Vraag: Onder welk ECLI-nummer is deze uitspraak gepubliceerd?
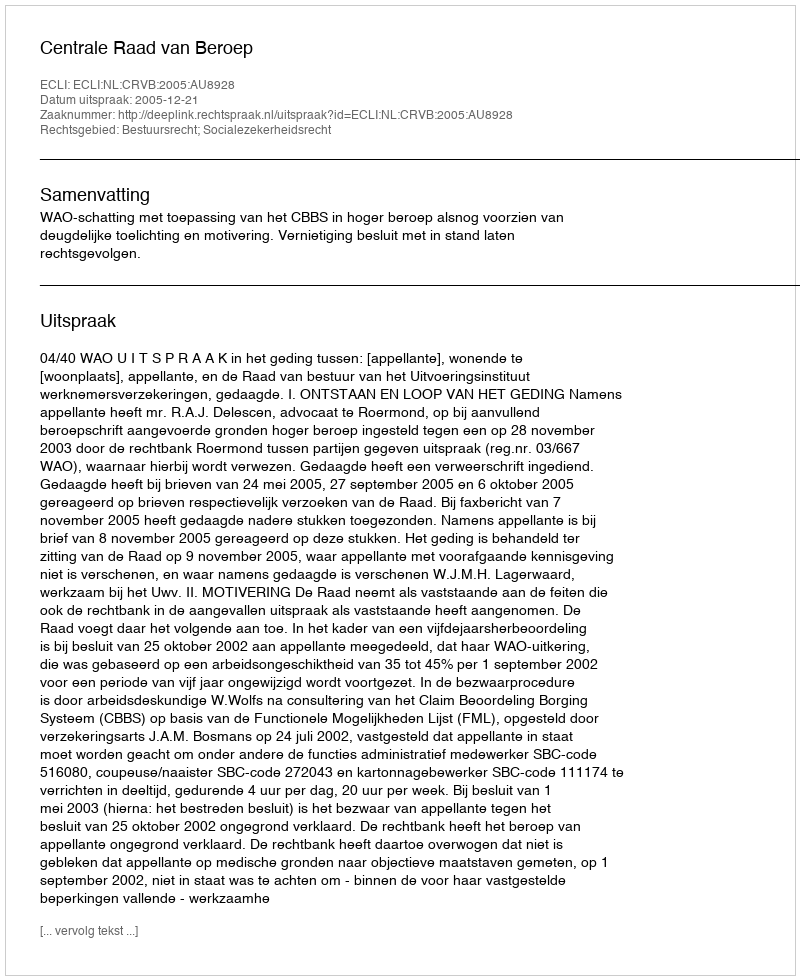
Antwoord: ECLI:NL:CRVB:2005:AU8928